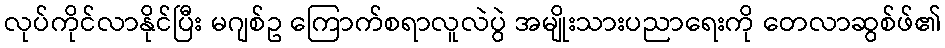
လုပ်ကိုင်လာနိုင်ပြီး မဂျစ်ဥ ကြောက်စရာလူလဲပွဲ အမျိုးသားပညာရေးကို တေလာဆွစ်ဖ်၏